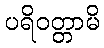
ပရိဝတ္တာမိ